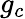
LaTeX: g_{c}